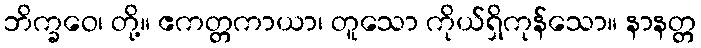
ဘိက္ခဝေ၊ တို့။ ဧကတ္တကာယာ၊ တူသော ကိုယ်ရှိကုန်သော။ နာနတ္တ